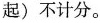
起)不计分。